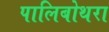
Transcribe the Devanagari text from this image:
पालिबोथरा